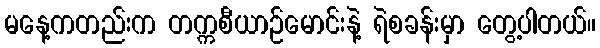
မနေ့ကတည်းက တက္ကစီယာဉ်မောင်းနဲ့ ရဲစခန်းမှာ တွေ့ပါတယ်။